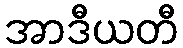
အာဒီယတီ